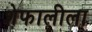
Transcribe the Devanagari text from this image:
शेफालीला